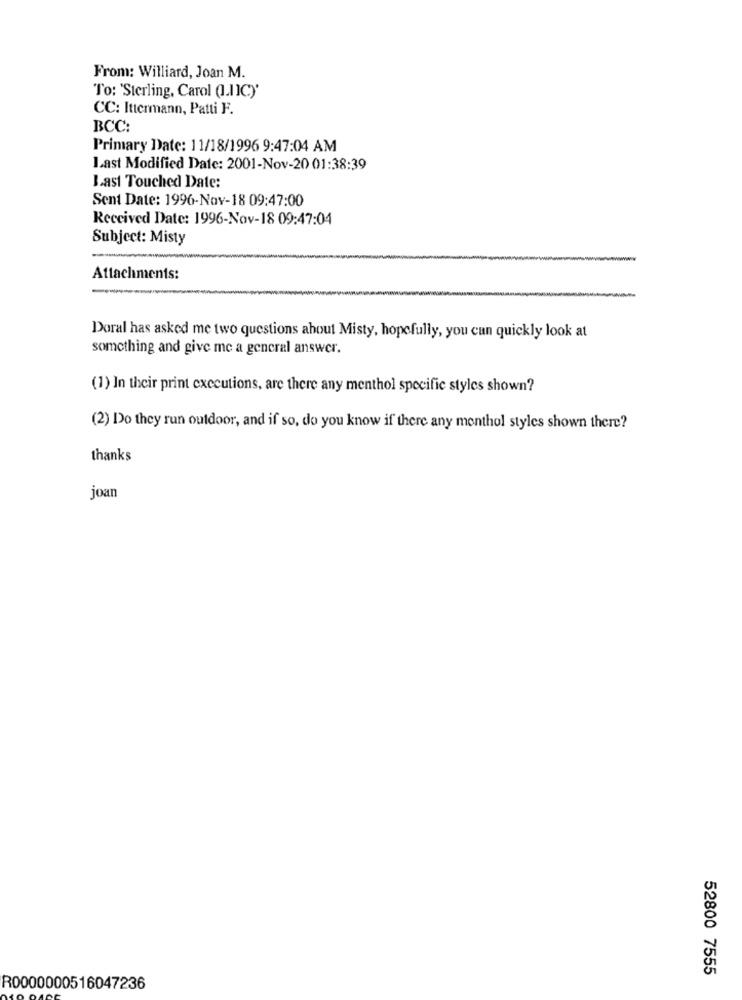
From: Williard, Joan M.
To: 'Sterling, Carol (LIIC)'
CC: Ittermann, Patti F.
BCC:
Primary Date: 11/18/1996 9:47:04 AM
Last Modified Date: 2001-Nov-20 01:38:39
Last Touched Date:
Sent Date: 1996-Nov-18 09:47:00
Received Date: 1996-Nov-18 09:47:04
Subject: Misty
Attachments:
Doral has asked me two questions about Misty, hopefully, you can quickly look at
something and give me a general answer.
(1) In their print executions, are there any menthol specific styles shown?
(2) Do they run outdoor, and if so, do you know if there any menthol styles shown there?
thanks
joan
52800 7555
R0000000516047236